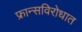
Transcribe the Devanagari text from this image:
फ्रान्सविरोधात